Studies on the mouth parts a Comparative anatomy of the proboscis in the blood-sucking muscidae - Number 60
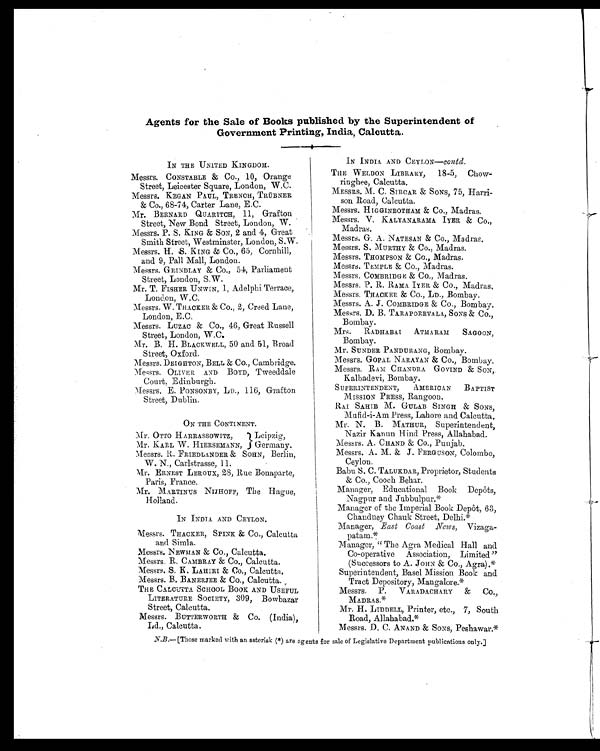
Agents for the Sale of Books published by the Superintendent of
Government Printing, India, Calcutta.
IN THE UNITED KINGDOM.
Messrs. CONSTABLE & Co., 10, Orange
Street, Leicester Square, London, W.C.
Messrs. KEGAN PAUL, TRENCH, TRÜBNER
& Co., 68-74, Carter Lane, E.C.
Mr. BERNARD QUARITCH, 11, Grafton
Street, New Bond Street, London, W.
Messrs. P. S. KING & SON, 2 and 4, Great
Smith Street, Westminster, London, S.W.
Messrs. H. S. KING & Co., 65, Cornhill,
and 9, Pall Mall, London.
Messrs. GRINDLAY & Co., 54, Parliament
Street, London, S.W.
Mr. T. FISHER UNWIN, 1, Adelphi Terrace,
London, W.C.
Messrs. W. THACKER & Co., 2, Creed Lane,
London, E.C.
Messrs. LUZAC & Co., 46, Great Russell
Street, London, W.C.
Mr. B. H. BLACKWELL, 50 and 51, Broad
Street, Oxford.
Messrs. DEIGHTON, BELL & Co., Cambridge.
Messrs. OLIVER AND BOYD, Tweeddale
Court, Edinburgh.
Messrs. E. PONSONBY, LD., 116, Grafton
Street, Dublin.
ON THE CONTINENT.
Mr. OTTO HARRASSOWITZ, Leipzig,
Mr. KARL W. HIERSEMANN, Germany.
Messrs. R. FRIEDLANDER & SOHN, Berlin,
W. N., Carlstrasse, 11.
Mr. ERNEST LEROUX, 28, Rue Bonaparte,
Paris, France.
Mr. MARTINUS NIJHOFF, The Hague,
Holland.
IN INDIA AND CEYLON.
Messrs. THACKER, SPINK & Co., Calcutta
and Simla.
Messrs. NEWMAN & Co., Calcutta.
Messrs. R. CAMBRAY & Co., Calcutta.
Messrs. S. K. LAHIRI & Co., Calcutta.
Messrs. B. BANERJEE & Co., Calcutta.
THE CALCUTTA SCHOOL BOOK AND USEFUL
LITERATURE SOCIETY, 309, Bowbazar
Street, Calcutta.
Messrs. BUTTERWORTH & Co. (India),
Ld., Calcutta.
IN INDIA AND CEYLON— Contd.
THE WELDON LIBRARY, 18-5, Chow-
ringhee, Calcutta.
MESSRS. M. C. SIRCAR & SONS, 75, Harri-
son Road, Calcutta.
Messrs. HIGGINBOTHAM & Co., Madras.
Messrs. V. KALYANARAMA IYER &
Co., Madras.
Messrs. G. A. NATESAN & Co., Madras
Messrs. S. MURTHY & Co., Madras.
Messrs. THOMPSON & Co., Madras.
Messrs. TEMPLE & Co., Madras.
Messrs. COMBRIDGE & Co., Madras.
Messrs. P. R. RAMA IYER & Co., Madras
Messrs. THACKER & Co., LD., Bombay.
Messrs. A. J. COMBRIDGE & CO., Bombay.
Messrs. D. B. TARAPOREVALA, SONS & Co.,
Bombay.
Mrs. RADHABAI ATMARAM SAGOON,
Bombay.
Mr. SUNDER PANDURANG, Bombay.
Messrs. GOPAL NARAYAN & CO., Bombay
Messrs. RAM CHANDRA GOVIND & SON,
Kalbadevi, Bombay.
SUPERINTENDENT, AMERICAN BAPTIST
MISSION PRESS, Rangoon.
RAI SAHIB M. GULAB SINGH & SONS,
Mufid-i-Am Press, Lahore and Calcutta.
Mr. N. B. MATHUR, Superintendent,
Nazir Kanun Hind Press, Allahabad.
Messrs. A. CHAND & Co., Punjab.
Messrs. A. M. & J. FERGUSON, Colombo,
Ceylon.
Babu S. C. TALUKDAR, Proprietor, Students
& Co., Cooch Behar.
Manager, Educational Book Depôts,
Nagpur and Jubbulpur.*
Manager of the Imperial Book Depôt, 63,
Chandney Chauk Street, Delhi.*
Manager, East Coast News, Vizaga-
patam.*
Manager, "The Agra Medical Hall and
Co-operative Association, Limited"
(Successors to A. JOHN & Co., Agra).*
Superintendent, Basel Mission Book and
Tract Depository, Mangalore.*
Messrs. P. VARADACHARY & Co.,
MADRAS.*
Mr. H. LIDDELL, Printer, etc., 7, South
Road, Allahabad.*
Messrs. D. C. ANAND & SONS, Peshawar.*
N.B.—[Those marked with an asterisk (*) are agents for sale of Legislative Department publications only.]